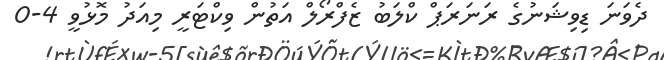
ދެވަނަ ޑިވިޝަނުގެ ރަނަރަޕް ކްލަބު ޒެފްރޯލް އަތުން ވިކްޓަރީ މިއަދު މޮޅުވީ 4-0